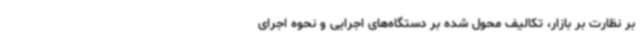
‌بر نظارت بر بازار، تکالیف محول ‌شده بر دستگاه‌های اجرایی و نحوه اجرای